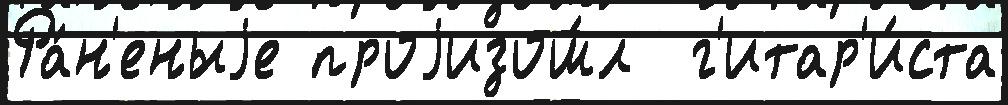
Ра́н'еныjе проjизош́л  г'итар'и́ста